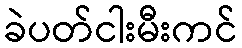
ခဲပတ်ငါးမီးကင်